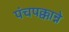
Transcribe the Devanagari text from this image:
पंचपक्कान्ने